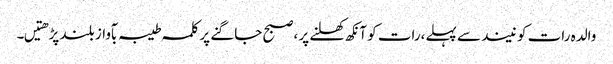
والدہ رات کو نیند سے پہلے،رات کو آنکھ کھلنے پر ،صبح جاگنے پر کلمہ طیبہ بآواز بلند پڑھتیں۔